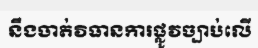
នឹងចាត់វិធានការផ្លូវច្បាប់លើ